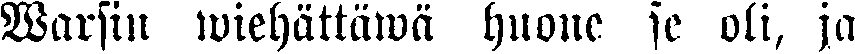
Warsin wiehättäwä huone se oli, ja